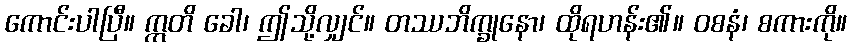
ကောင်းပါပြီ။ ဣတိ ခေါ၊ ဤသို့လျှင်။ တဿဘိက္ခုနော၊ ထိုရဟန်း၏။ ဝစနံ၊ စကားကို။